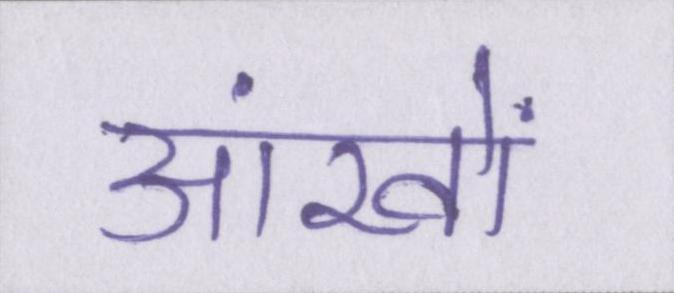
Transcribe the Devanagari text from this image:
आंखों